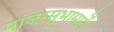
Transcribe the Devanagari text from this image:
मांजरसुभामार्गे